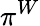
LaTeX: \pi^{W}